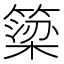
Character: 簗